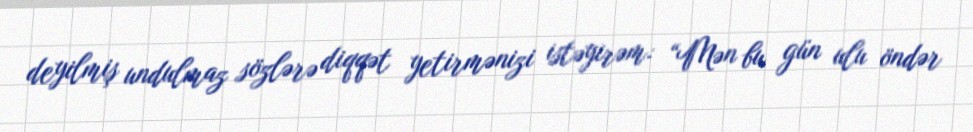
deyilmiş undulmaz sözlərə diqqət yetirmənizi istəyirəm: “Mən bu gün ulu öndər